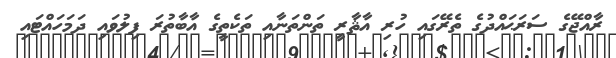
ރާއްޖޭގެ ސަރަޙައްދުގެ ތެރޭގައި ހުރި އާޘާރީ ތަންތަނާއި ތަކެތީގެ އާބާތުރަ ފިލުވައި ދަމަހައްޓައި